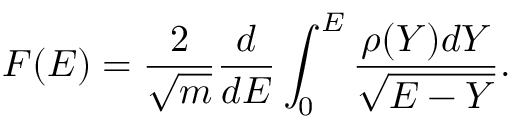
F ( E ) = \frac 2 { \sqrt { m } } \frac d { d E } \int _ { 0 } ^ { E } \frac { \rho ( Y ) d Y } { \sqrt { E - Y } } .